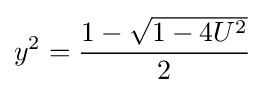
y^{2}={\frac {1-{\sqrt {1-4U^{2}}}}{2}}